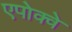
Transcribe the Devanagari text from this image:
एपोक्वे